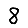
Digit: 8